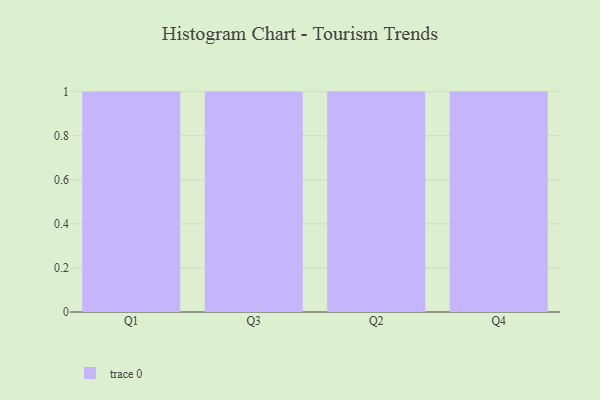
{"axis": {"x": "Quarter", "y": "Page Views"}, "legend": [""], "data": [{"x": "Q1", "y": 16, "type": ""}, {"x": "Q3", "y": 30, "type": ""}, {"x": "Q2", "y": 100, "type": ""}, {"x": "Q4", "y": 21, "type": ""}]}